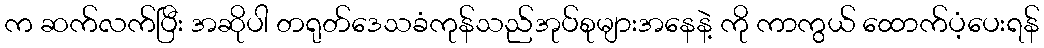
က ဆက်လက်ပြီး အဆိုပါ တရုတ်ဒေသခံကုန်သည်အုပ်စုများအနေနဲ့ ကို ကာကွယ် ထောက်ပံ့ပေးရန်